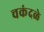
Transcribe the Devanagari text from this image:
चकंदळे